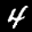
Label: 4